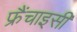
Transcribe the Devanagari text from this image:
फ्रैंचाइसी